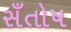
સઁતોષ